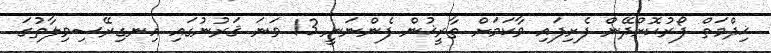
ޚިދްމަތް ފޯރުކޮށްދޭން ފެށިފައި ވާކަމަށް ތާރީޚުން ފެންނަނީ 13 ވަނަ ޤަރުނުގައި އިނގިރޭސިވިލާތުގަ